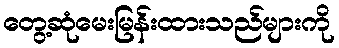
တွေ့ဆုံမေးမြန်းထားသည်များကို